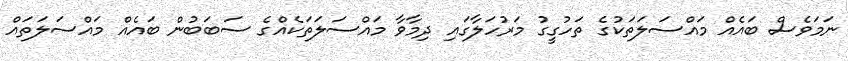
ނަމަވެސް ބައެއް މައްސަލަތަކުގެ ތަހުގީގު މަރުހަލާގައި ދިމާވާ މައްސަލަތަކެއްގެ ސަބަބުން ބައެެއް މައްސަލަތައް